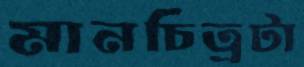
মানচিত্রটা